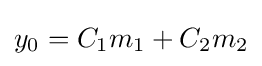
y_{0}=C_{1}m_{1}+C_{2}m_{2}